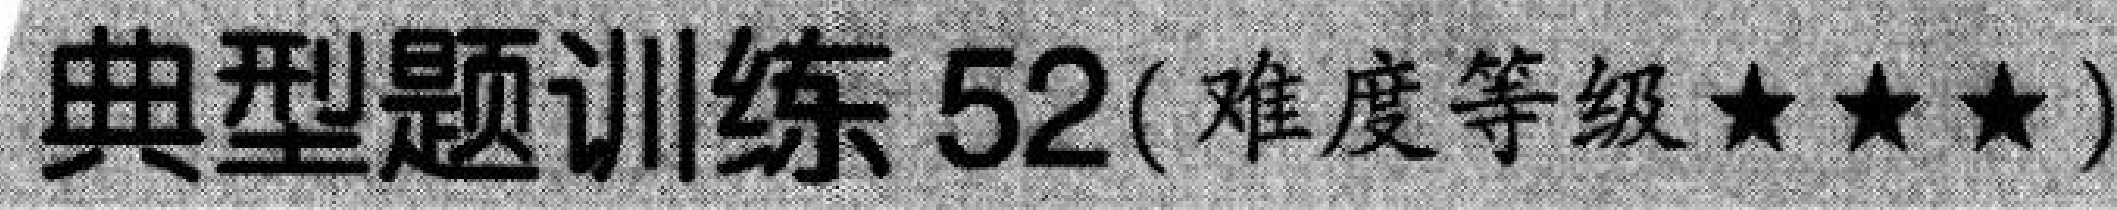
典型题训练 \(52\)(难度等级\(★★★\))